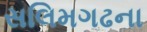
સલિમગઢના